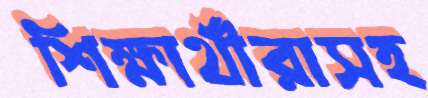
শিক্ষার্থীরাসহ